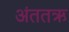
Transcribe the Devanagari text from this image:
अंततऋ